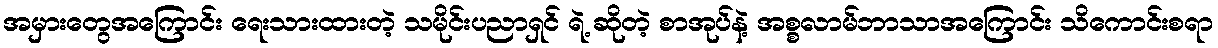
အမှားတွေအကြောင်း ရေးသားထားတဲ့ သမိုင်းပညာရှင် ရဲ့ ဆိုတဲ့ စာအုပ်နဲ့ အစ္စလာမ်ဘာသာအကြောင်း သိကောင်းစရာ